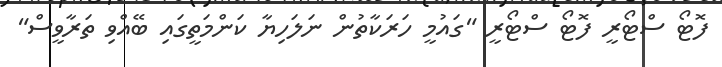
ފޮޓޯ ސްޓޯރީ ފޮޓޯ ސްޓޯރީ "ގައުމީ ހަރަކާތުން ނަލަހިޔާ ކަންމަތީގައި ބޭއްވި ތަރާވީސް"